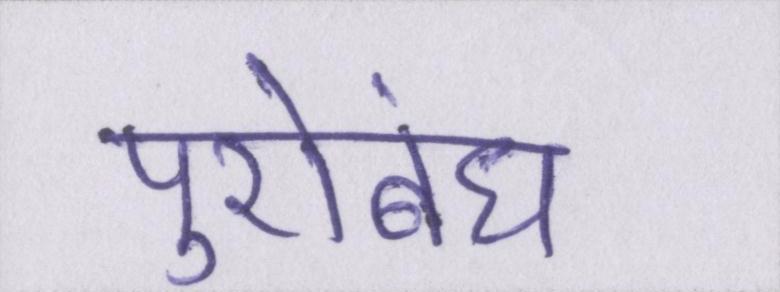
पुरोबंध